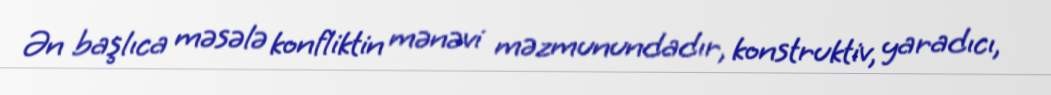
Ən başlıca məsələ konfliktin mənəvi məzmunundadır, konstruktiv, yaradıcı,